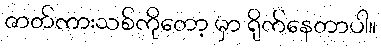
ဇာတ်ကားသစ်ကိုတော့ မှာ ရိုက်နေတာပါ။